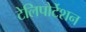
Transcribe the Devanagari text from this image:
टेलिपोर्टेशन